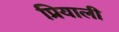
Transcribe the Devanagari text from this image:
प्रियाली